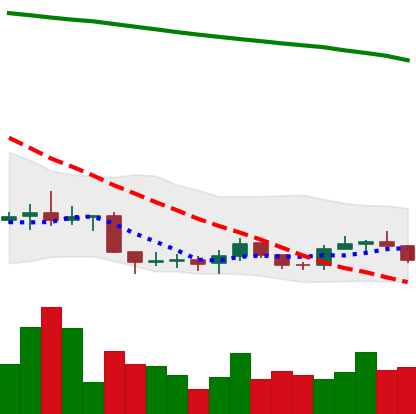
Ticker: ADA-USD
Chart end date: 2019-09-11
Forward return: 4.626%
Label: up_3_5